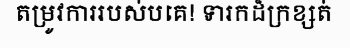
តម្រូវការរបស់បគេ! ទារកដ៏ក្រខ្សត់